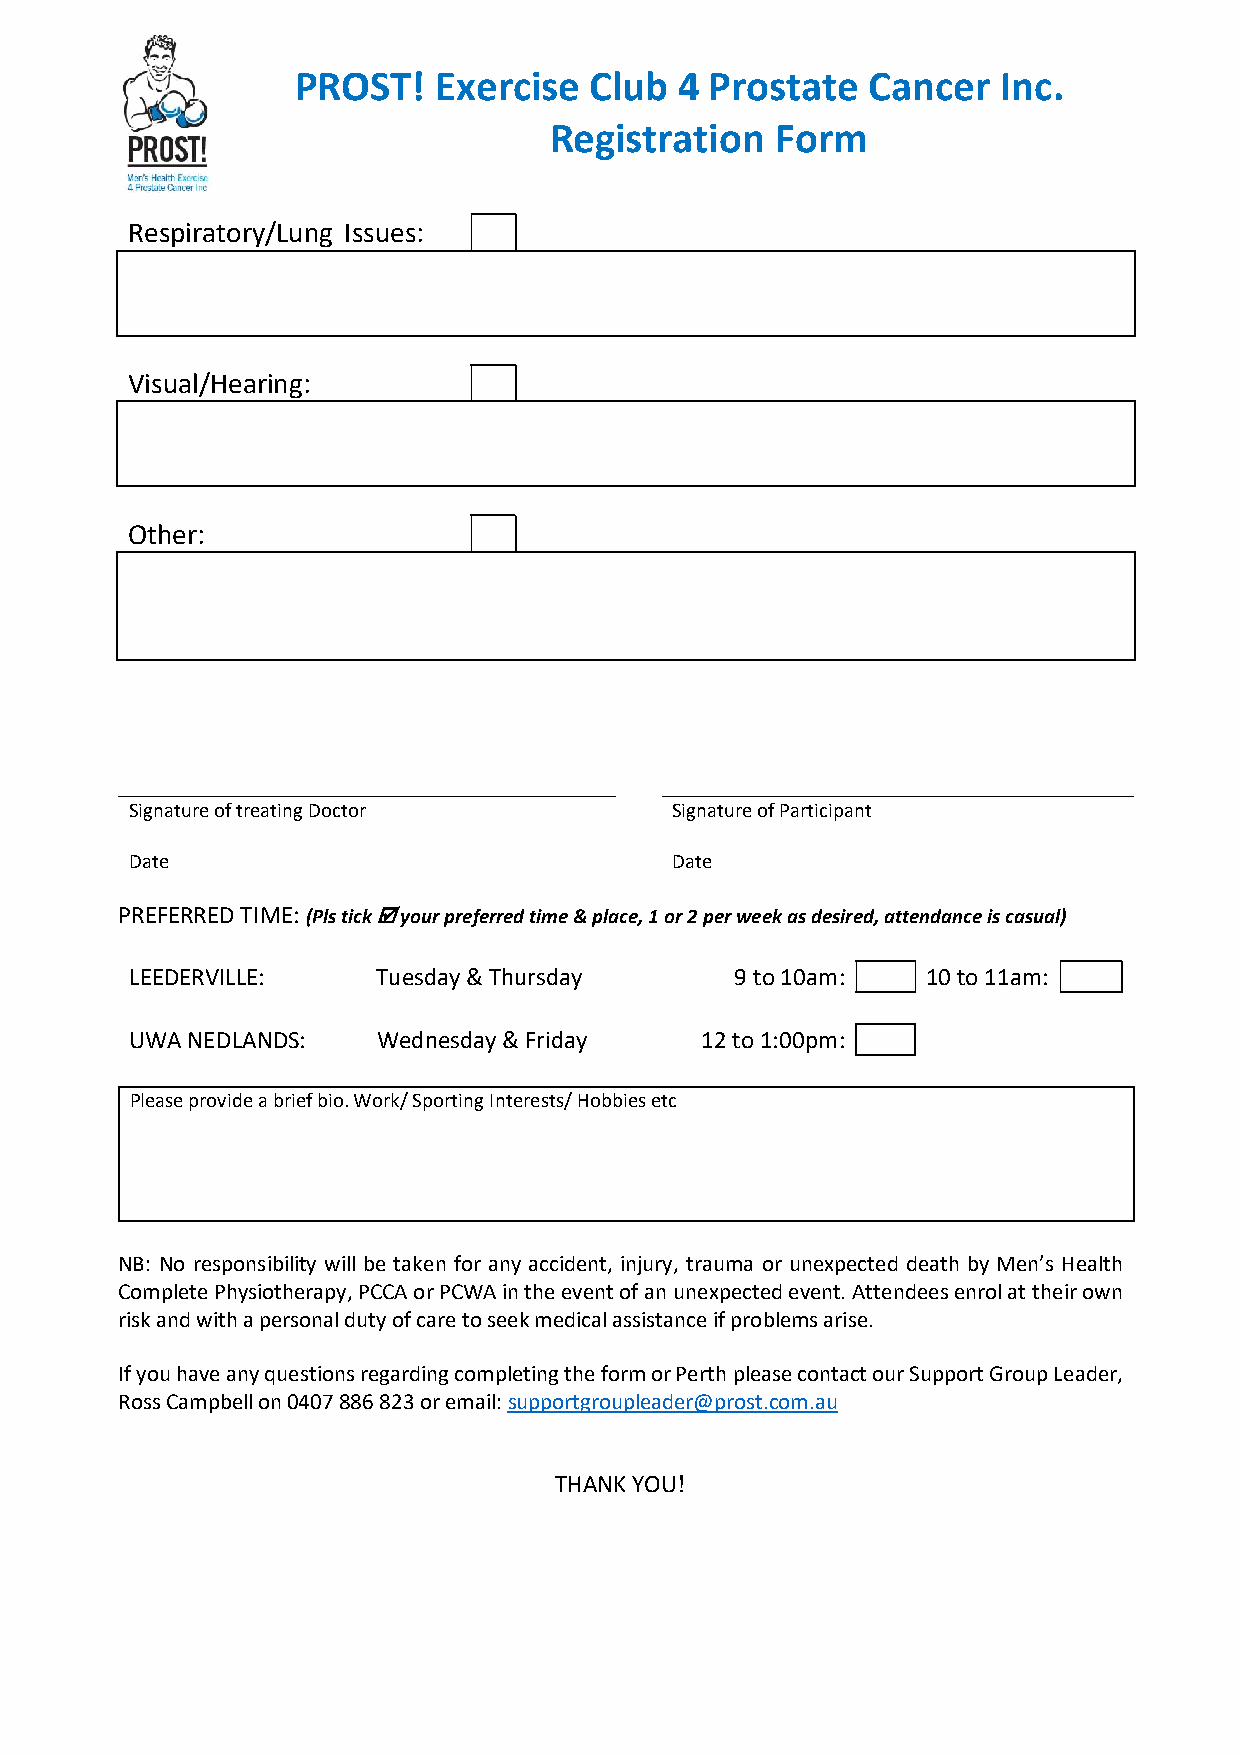
PROST!   Exercise  Club  4 Prostate   Cancer  Inc.
 Registration   Form
 Respiratory/Lung Issues:
 Visual/Hearing:
 Other:
 Signature of treating Doctor        Signature of Participant
 Date                                Date
 PREFERRED TIME: (Pls tick  your preferred time & place, 1 or 2 per week as desired, attendance is casual)
 LEEDERVILLE:    Tuesday & Thursday      9 to 10am:  10 to 11am:
 UWA NEDLANDS:   Wednesday & Friday   12 to 1:00pm:
 Please provide a brief bio. Work/ Sporting Interests/ Hobbies etc
 NB: No responsibility will be taken for any accident, injury, trauma or unexpected death by Men’s Health
 Complete Physiotherapy, PCCA or PCWA in the event of an unexpected event. Attendees enrol at their own
 risk and with a personal duty of care to seek medical assistance if problems arise.
 If you have any questions regarding completing the form or Perth please contact our Support Group Leader,
 Ross Campbell on 0407 886 823 or email: supportgroupleader@prost.com.au
 THANK YOU!